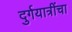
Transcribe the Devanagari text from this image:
दुर्गयात्रींचा